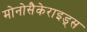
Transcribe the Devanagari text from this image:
मोनोसैकेराइड्स